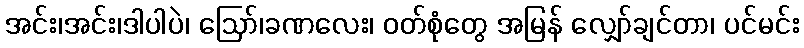
အင်း၊အင်း၊ဒါပါပဲ၊ ဩော်၊ခဏလေး၊ ဝတ်စုံတွေ အမြန် လျှော်ချင်တာ၊ ပင်မင်း